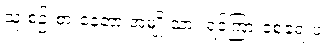
သူ စဉ်းစားနေတာ အမျိုးသား ရင်ကြားစေ့ရေးပဲ။